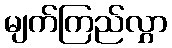
မျက်ကြည်လွှာ